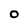
Character: O